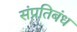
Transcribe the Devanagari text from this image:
संप्रतिबंध